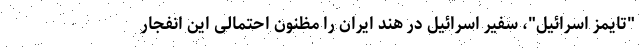
"تایمز اسرائیل"، سفیر اسرائیل در هند ایران را مظنون احتمالی این انفجار